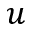
u